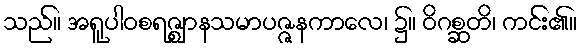
သည်။ အရူပါဝစရဇ္ဈာနသမာပဇ္ဇနကာလေ၊ ၌။ ဝိဂစ္ဆတိ၊ ကင်း၏။